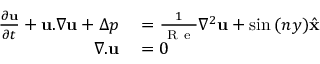
\begin{array} { r l } { \frac { \partial \mathbf { u } } { \partial t } + \mathbf { u } . \nabla \mathbf { u } + \Delta p } & { { } = \frac { 1 } { \mathrm { ~ R ~ e ~ } } \nabla ^ { 2 } \mathbf { u } + \sin { ( n y ) } \hat { \mathbf { x } } } \\ { \nabla . \mathbf { u } } & { { } = 0 } \end{array}